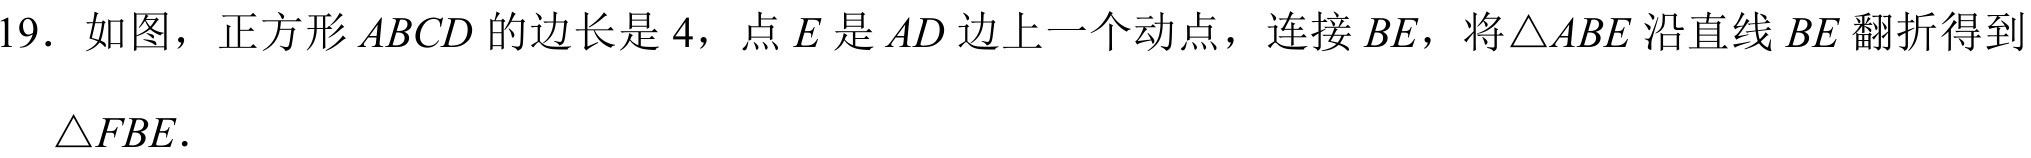
19. 如图，正方形\(ABCD\)的边长是\(4\)，点\(E\)是\(AD\)边上一个动点，连接\(BE\)，将\(\triangle ABE\)沿直线\(BE\)翻折得到\(\triangle FBE\).